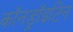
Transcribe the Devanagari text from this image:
कॉनड्रॉइटिन